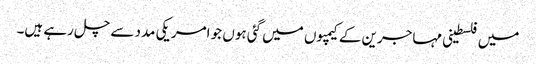
میں فلسطینی مہاجرین کے کیمپوں میں گئی ہوں جو امریکی مدد سے چل رہے ہیں۔